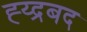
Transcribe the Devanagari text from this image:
ह्य्द्रबद